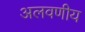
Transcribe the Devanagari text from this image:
अलवणीय